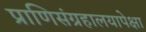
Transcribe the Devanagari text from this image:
प्राणिसंग्रहालयापेक्षा